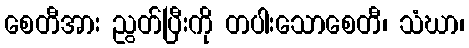
စေတီအား ညွတ်ပြီးကို တပါးသောစေတီ၊ သံဃာ၊